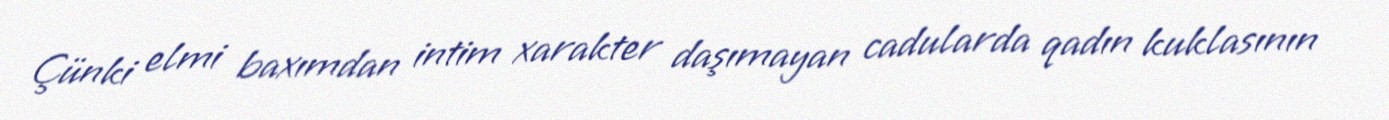
Çünki elmi baxımdan intim xarakter daşımayan cadularda qadın kuklasının